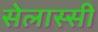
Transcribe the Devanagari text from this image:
सेलास्सी